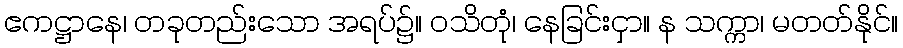
ဧကဋ္ဌာနေ၊ တခုတည်းသော အရပ်၌။ ဝသိတုံ၊ နေခြင်းငှာ။ န သက္ကာ၊ မတတ်နိုင်။